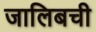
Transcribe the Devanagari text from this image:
जालिबची